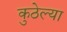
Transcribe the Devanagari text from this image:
कुठेल्या